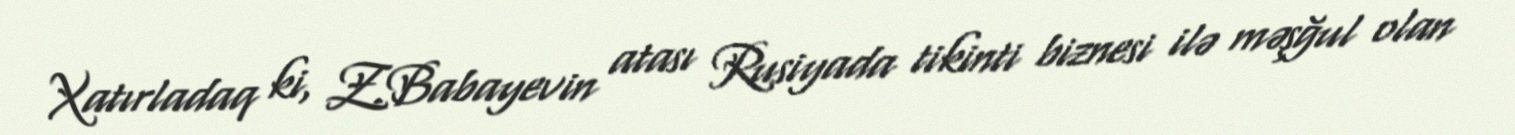
Xatırladaq ki, Z.Babayevin atası Rusiyada tikinti biznesi ilə məşğul olan